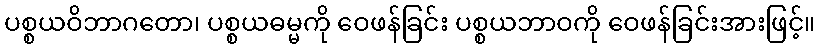
ပစ္စယဝိဘာဂတော၊ ပစ္စယဓမ္မကို ဝေဖန်ခြင်း ပစ္စယဘာဝကို ဝေဖန်ခြင်းအားဖြင့်။